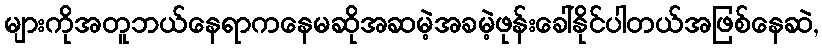
များကိုအတူဘယ်နေရာကနေမဆိုအဆမဲ့အခမဲ့ဖုန်းခေါ်နိုင်ပါတယ်အဖြစ်နေဆဲ,